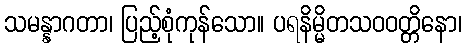
သမန္နာဂတာ၊ ပြည့်စုံကုန်သော။ ပရနိမ္မိတသဝဝတ္တိနော၊